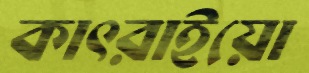
কাৎরাইয়ো